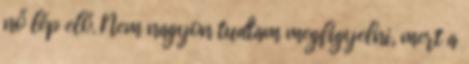
nő lép elő. Nem nagyon tudtam megfigyelni, mert a